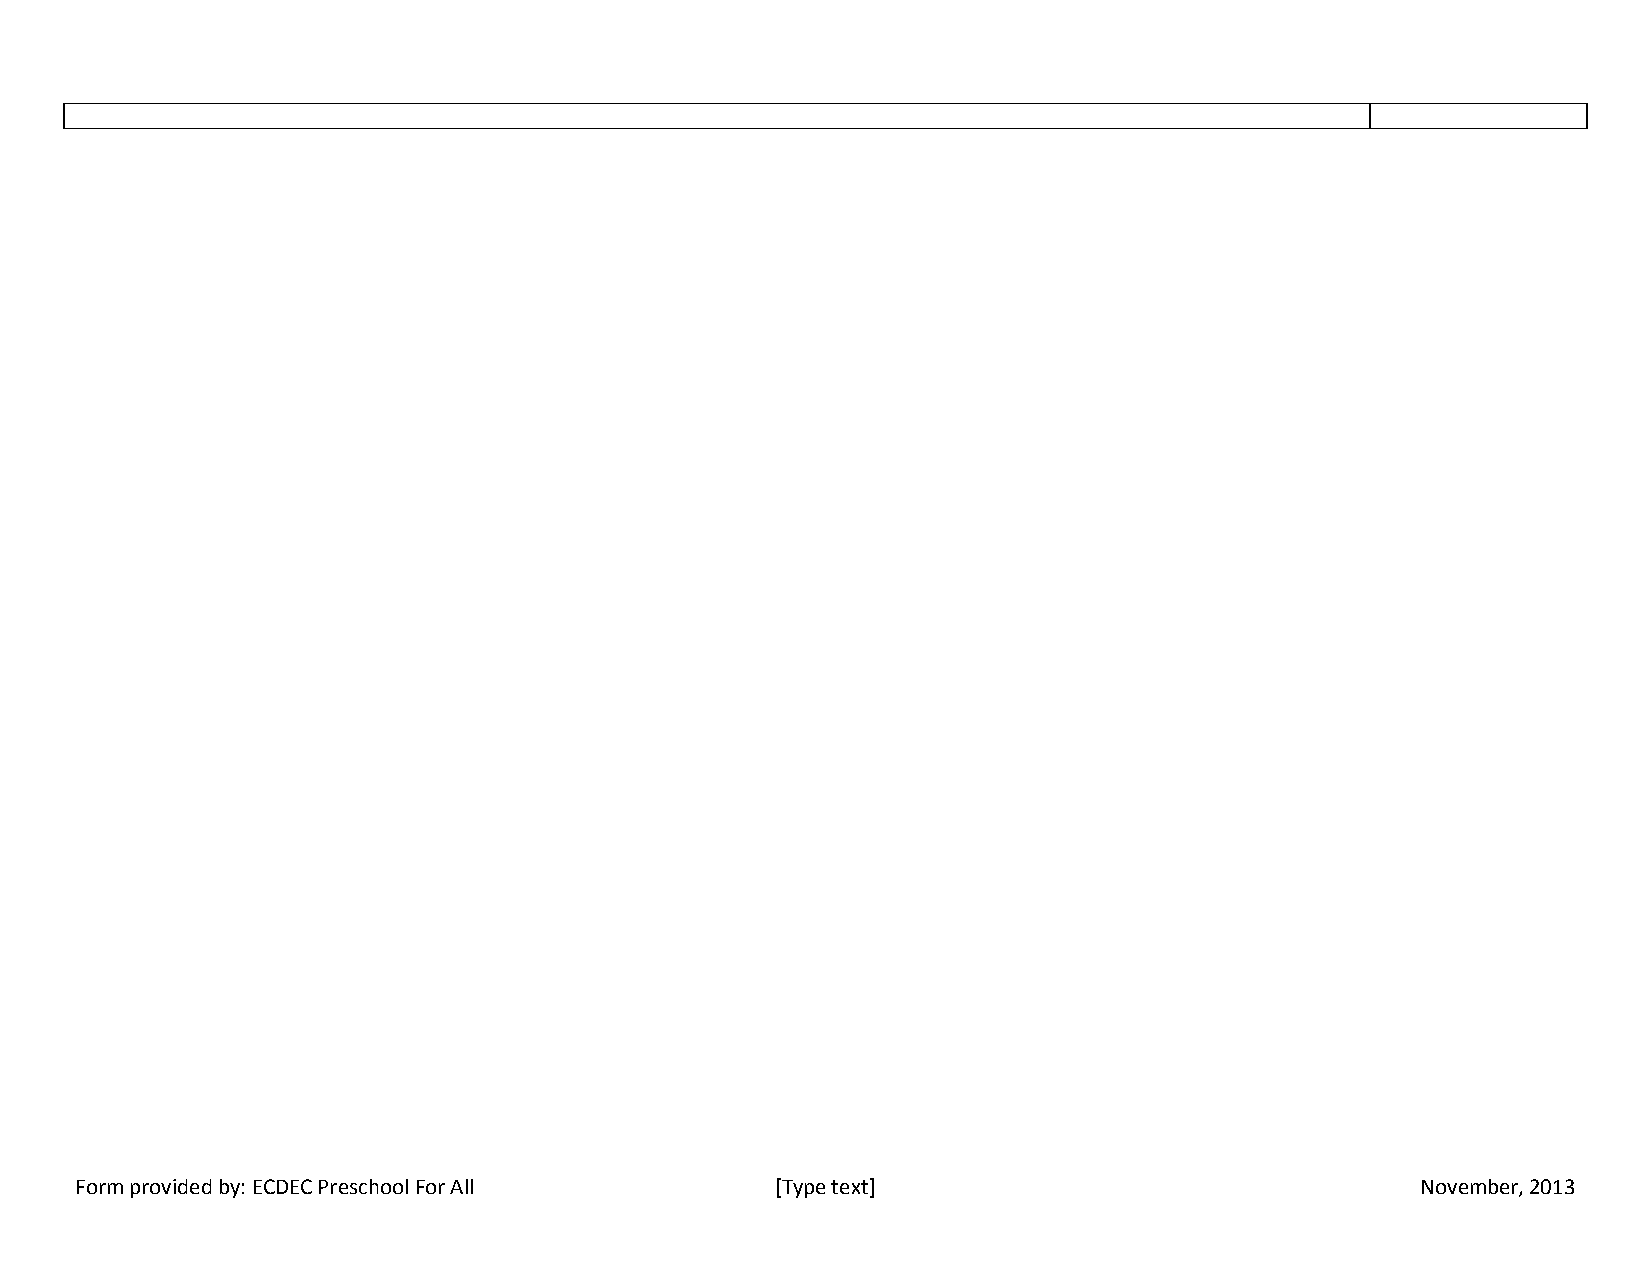
Form provided by: ECDEC Preschool For All     [Type text]                                November, 2013